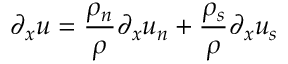
\partial _ { x } u = \frac { \rho _ { n } } { \rho } \partial _ { x } u _ { n } + \frac { \rho _ { s } } { \rho } \partial _ { x } u _ { s }